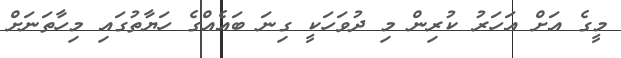
މީގެ އަށް އަހަރު ކުރިން މި ދުވަހަކީ ގިނަ ބައެއްގެ ހަޔާތުގައި މިހާތަނަށް